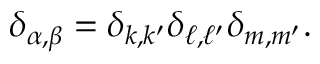
\delta _ { \alpha , \beta } = \delta _ { k , k ^ { \prime } } \delta _ { \ell , \ell ^ { \prime } } \delta _ { m , m ^ { \prime } } .